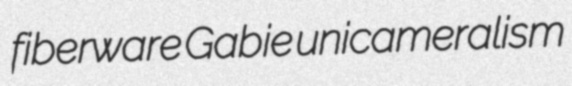
fiberware Gabie unicameralism